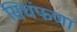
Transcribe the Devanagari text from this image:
सिधंफणा